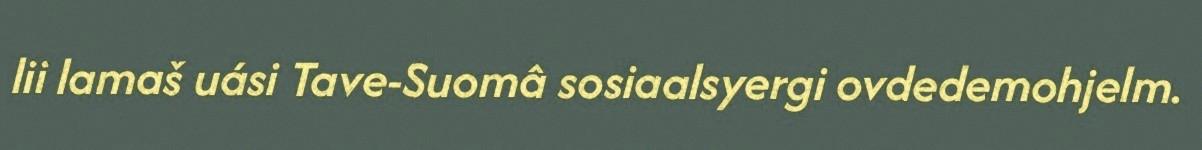
lii lamaš uási Tave-Suomâ sosiaalsyergi ovdedemohjelm.